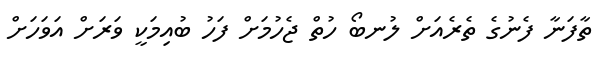
ތާފަނާ ފެނުގެ ތެރެއަށް ލުނބޯ ހުތް ޖެހުމަށް ފަހު ބުއިމަކީ ވަރަށް އަވަހަށް